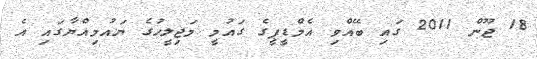
18 ޖޫން 2011 ގައި ބޭއްވި އެމްޑީޕީގެ ގައުމީ މަޖިލީހުގެ ޔައުމިއްޔާގައި އެ